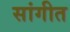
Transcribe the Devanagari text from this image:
सांगीत